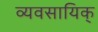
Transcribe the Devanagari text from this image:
व्यवसायिक्